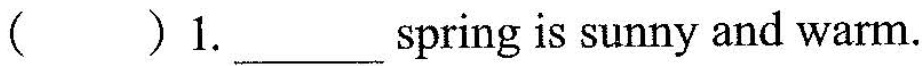
( )1.___spring is sunny and warm.